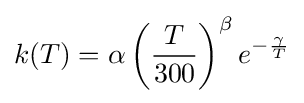
k(T)=\alpha \left({\frac {T}{300}}\right)^{\beta }e^{-{\frac {\gamma }{T}}}